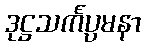
ဒုဋ္ဌသင်္ကပ္ပမနာ